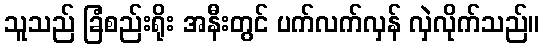
သူသည် ခြံစည်းရိုး အနီးတွင် ပက်လက်လှန် လှဲလိုက်သည်။